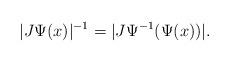
LaTeX: \begin{align*}|J\Psi(x)|^{-1} = |J\Psi^{-1}(\Psi(x))| .\end{align*}